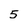
Character: 5